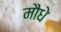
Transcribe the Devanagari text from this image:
मौधे